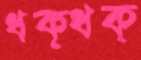
ধক্‌ধক্‌